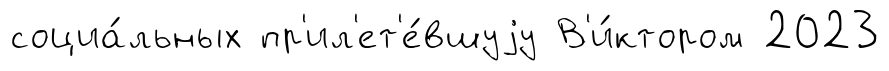
социа́льных пр'ил'ет'е́вшуjу В'и́ктором 2023